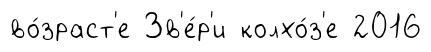
во́зраст'е Зв'е́р'и колхо́з'е 2016